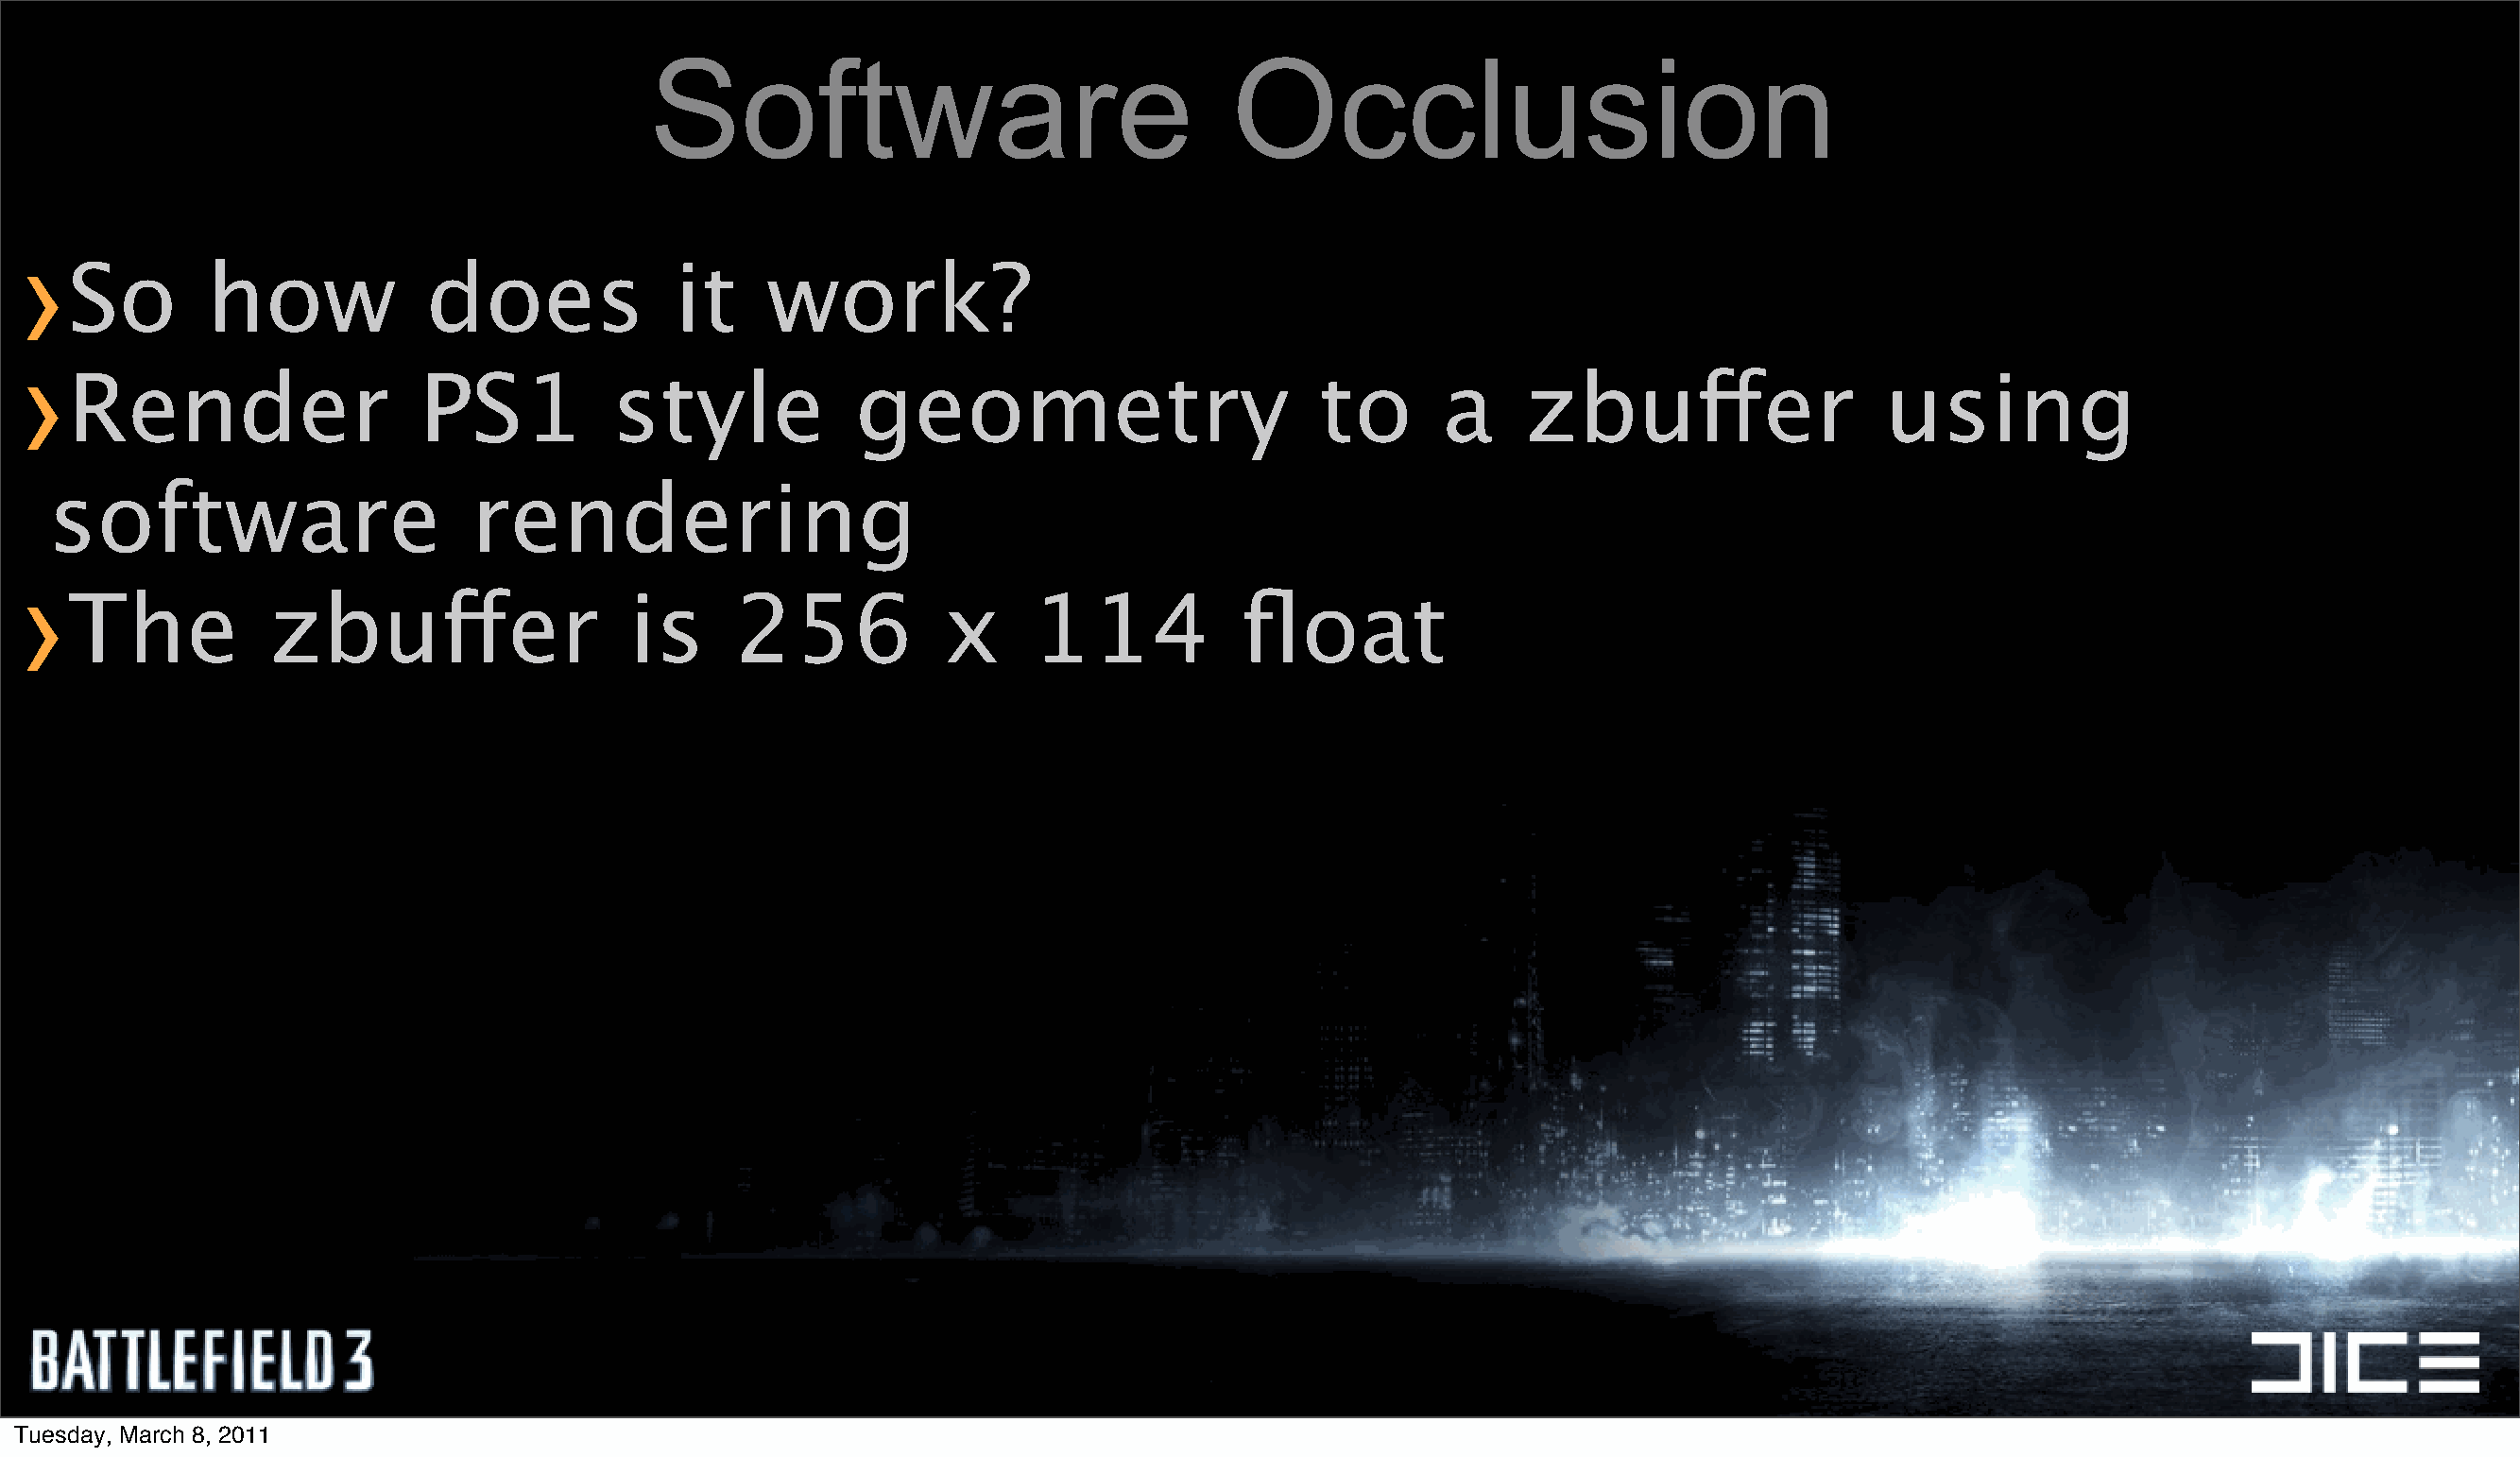
Software                                 Occlusion
 ›
 So       how             does             it     work?
 ›
 Render                  PS1           style            geometry                        to       a     zbuffer                  using
 software                      rendering
 ›
 The           zbuffer                  is     256            x     114            float
 Tuesday, March 8, 2011